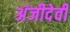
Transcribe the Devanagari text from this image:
अंजीदेवी